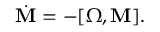
\begin{array} { r } { \dot { \bf M } = - [ { \boldsymbol \Omega } , { \bf M } ] . } \end{array}